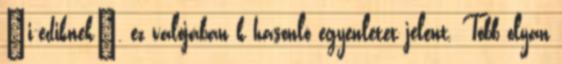
„i-ediknek”, ez valójában k hasonló egyenletet jelent. Több olyan